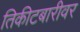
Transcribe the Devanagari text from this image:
तिकीटबारीवर